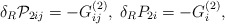
\begin{align*}\delta _R{\cal P}_{2ij}=-G_{ij}^{(2)},\;\delta_RP_{2i}=-G_i^{(2)},\end{align*}